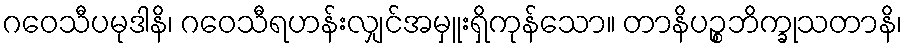
ဂဝေသီပမုဒါနိ၊ ဂဝေသီရဟန်းလျှင်အမှူးရှိကုန်သော။ တာနိပဉ္စဘိက္ခုသတာနိ၊